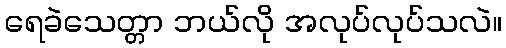
ရေခဲသေတ္တာ ဘယ်လို အလုပ်လုပ်သလဲ။